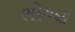
ભોયણ